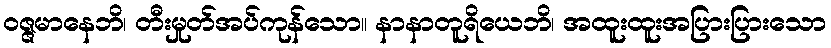
ဝဇ္ဇမာနေဘိ၊ တီးမှုတ်အပ်ကုန်သော။ နာနာတူရိယေဘိ၊ အထူးထူးအပြားပြားသော